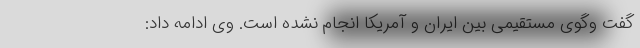
گفت وگوی مستقیمی بین ایران و آمریکا انجام نشده است. وی ادامه داد: